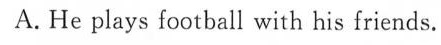
A. He plays football with his friends.